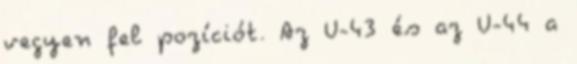
vegyen fel pozíciót. Az U-43 és az U-44 a